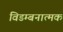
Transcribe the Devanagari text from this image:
विडम्बनात्मक